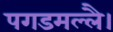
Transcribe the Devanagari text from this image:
पगडमल्लै।